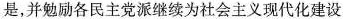
是，并勉励各民主党派继续为社会主义现代化建设